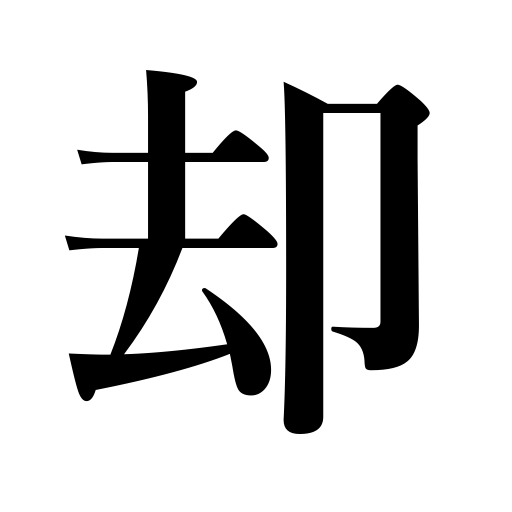
Meanings: instead,all the more,rather,on the contrary